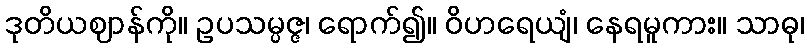
ဒုတိယဈာန်ကို။ ဥပသမ္ပဇ္ဇ၊ ရောက်၍။ ဝိဟရေယျံ၊ နေရမူကား။ သာဓု၊